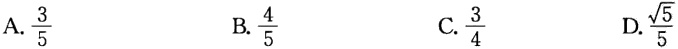
A. $\frac{3}{5}$

B. $\frac{4}{5}$

C. $\frac{3}{4}$

D. $\frac{\sqrt{5}}{5}$